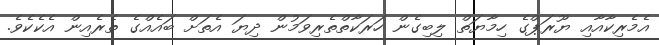
އެމެރިކާއާއި ޔޫރަޕްގެ ހިމާޔަތް ލިބިގެން ހަރަކާތްތެރިވަމުން ދިޔަ އެތަށް ބައެއްގެ ތެރެއިން އެކެކެވެ.